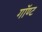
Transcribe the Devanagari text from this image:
गॉण्ट